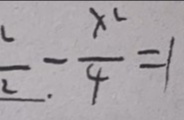
\frac { y ^ { 2 } } { 2 } . - \frac { x ^ { 2 } } { 4 } = 1